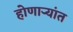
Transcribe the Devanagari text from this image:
होणाऱ्यांत